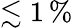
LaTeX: \lesssim 1\, \%